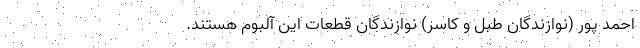
احمد پور (نوازندگان طبّل و کاسر) نوازندگان قطعات اين آلبوم هستند.